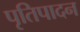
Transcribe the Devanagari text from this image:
पृतिपादन